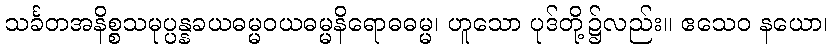
သင်္ခတအနိစ္စသမုပ္ပန္နခယဓမ္မဝယဓမ္မနိရောဓဓမ္မ၊ ဟူသော ပုဒ်တို့၌လည်း။ ဧသေဝ နယော၊